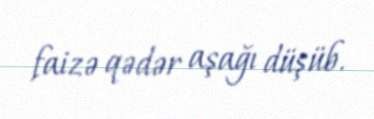
faizə qədər aşağı düşüb.